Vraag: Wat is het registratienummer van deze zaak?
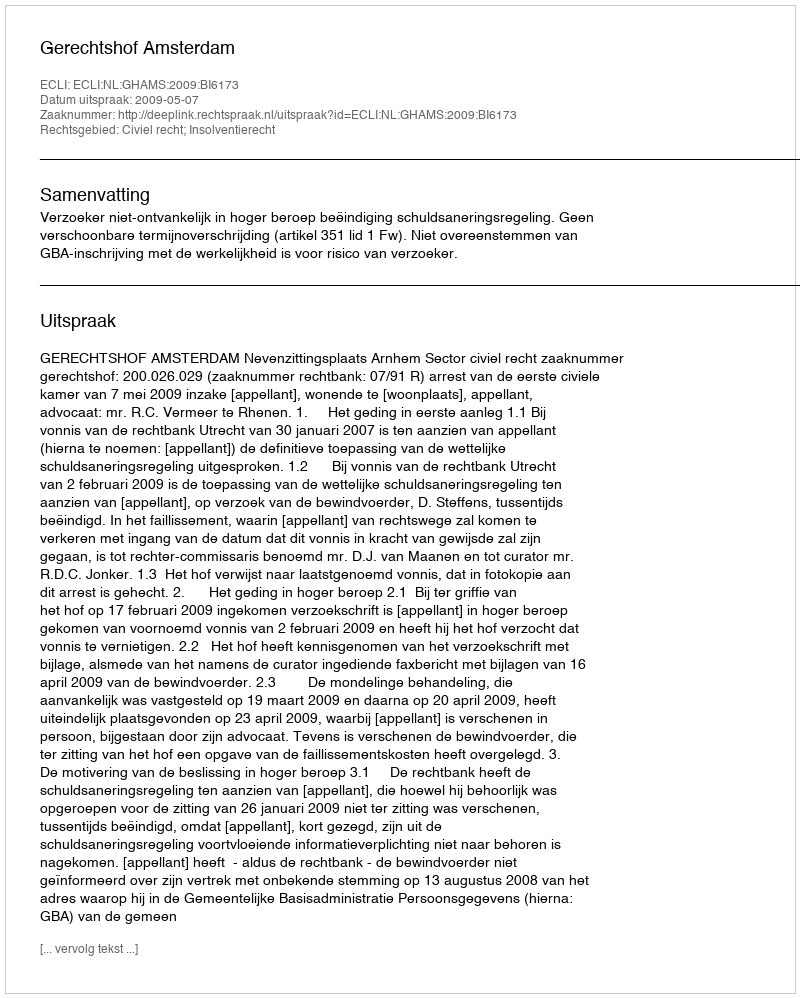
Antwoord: http://deeplink.rechtspraak.nl/uitspraak?id=ECLI:NL:GHAMS:2009:BI6173